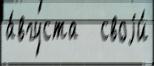
а́вгуста   своjи́